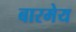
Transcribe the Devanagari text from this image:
बारमेय